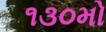
૧૩૦મો